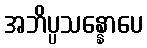
အဘိပ္ပသန္နောပေ